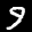
Label: 9